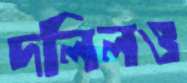
দলিলও